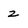
Character: 2